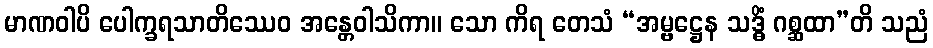
မာဏဝါပိ ပေါက္ခရသာတိဿေဝ အန္တေဝါသိကာ။ သော ကိရ တေသံ “အမ္ဗဋ္ဌေန သဒ္ဓိံ ဂစ္ဆထာ”တိ သညံ